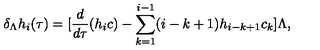
\delta _ { \Lambda } h _ { i } ( \tau ) = [ \frac { d } { d \tau } ( h _ { i } c ) - \sum _ { k = 1 } ^ { i - 1 } ( i - k + 1 ) h _ { i - k + 1 } c _ { k } ] \Lambda ,